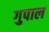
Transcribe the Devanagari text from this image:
गुपाल